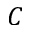
C